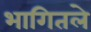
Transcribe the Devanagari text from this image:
भागितले